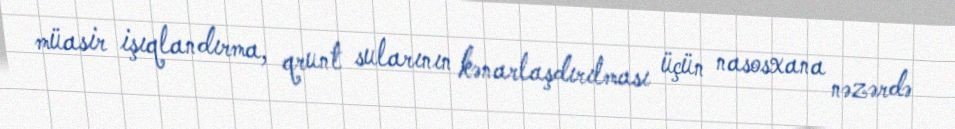
müasir işıqlandırma, qrunt sularının kənarlaşdırılması üçün nasosxana nəzərdə